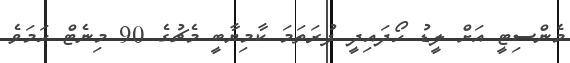
މެންސިޓީ އަށް ލީޑު ހޯދައިދީ ފުރަތަމަ ކާމިޔާބީ މެޗުގެ 90 މިނެޓް ހަމަވެ